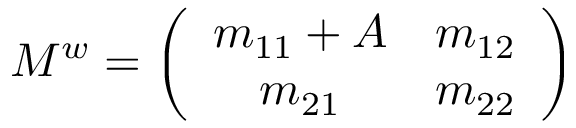
M ^ { w } = \left( \begin{array} { c c } { { m _ { 1 1 } + A } } & { { m _ { 1 2 } } } \\ { { m _ { 2 1 } } } & { { m _ { 2 2 } } } \end{array} \right)